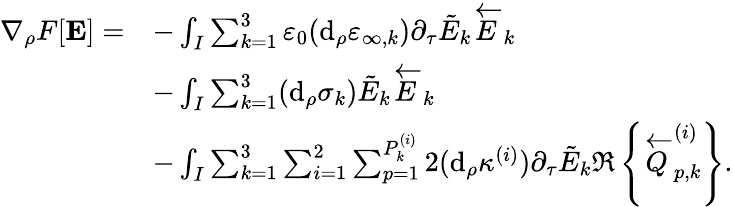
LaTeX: \begin{array}{rl}{\nabla_{\rho}F[\mathbf{E}]=}&{-\int_{I}\sum_{k=1}^{3}\varepsilon_{0}(\mathrm{d}_{\rho}\varepsilon_{\infty,k})\partial_{\tau}\tilde{E}_{k}\overleftarrow{E}_{k}}\\ &{-\int_{I}\sum_{k=1}^{3}(\mathrm{d}_{\rho}\sigma_{k})\tilde{E}_{k}\overleftarrow{E}_{k}}\\ &{-\int_{I}\sum_{k=1}^{3}\sum_{i=1}^{2}\sum_{p=1}^{P_{k}^{(i)}}2(\mathrm{d}_{\rho}\kappa^{(i)})\partial_{\tau}\tilde{E}_{k}\Re\left\{ \overleftarrow{Q}_{p,k}^{(i)}\right\} .}\end{array}